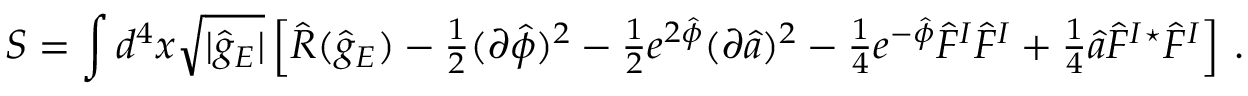
S = \int d ^ { 4 } x \sqrt { | \hat { g } _ { E } | } \left[ \hat { R } ( \hat { g } _ { E } ) - { \textstyle \frac { 1 } { 2 } } ( \partial \hat { \phi } ) ^ { 2 } - { \textstyle \frac { 1 } { 2 } } e ^ { 2 \hat { \phi } } ( \partial \hat { a } ) ^ { 2 } - { \textstyle \frac { 1 } { 4 } } e ^ { - \hat { \phi } } \hat { F } ^ { I } \hat { F } ^ { I } + { \textstyle \frac { 1 } { 4 } } \hat { a } \hat { F } ^ { I } { } ^ { \star } \hat { F } ^ { I } \right] \, .